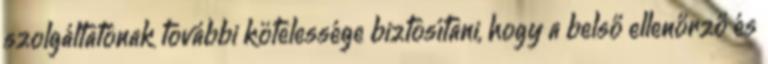
szolgáltatónak további kötelessége biztosítani, hogy a belső ellenőrző és